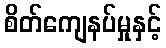
စိတ်ကျေနပ်မှုနှင့်